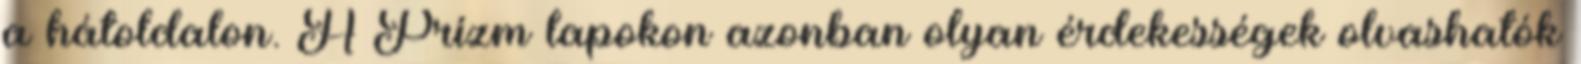
a hátoldalon. A Prizm lapokon azonban olyan érdekességek olvashatók